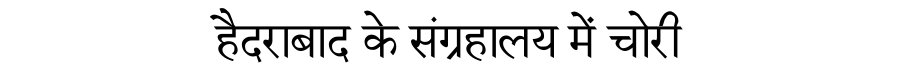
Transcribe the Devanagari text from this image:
हैदराबाद के संग्रहालय में चोरी